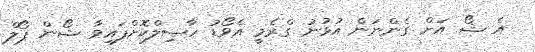
އެ ޝޯ އަށް ގެންނަން އުޅުނު ގްރެމީ އެވޯޑު ހާސިލްކޮށްފައިވާ ޝޯން ޕޯލް